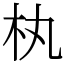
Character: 𣏒